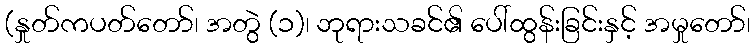
(နှုတ်ကပတ်တော်၊ အတွဲ (၁)၊ ဘုရားသခင်၏ ပေါ်ထွန်းခြင်းနှင့် အမှုတော်၊